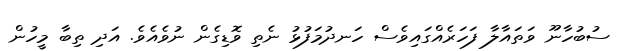
ސުބުހާނޫ ވަތައާލާ ފަހަރެއްގައިވެސް ހަނދުމަފުޅު ނެތި ވޮޑިގެން ނުވެއެވެ. އަދި ތިބާ މީހުން